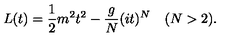
L ( t ) = { \frac { 1 } { 2 } } m ^ { 2 } t ^ { 2 } - { \frac { g } { N } } ( i t ) ^ { N } \quad ( N > 2 ) .